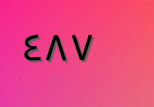
٤٨٧